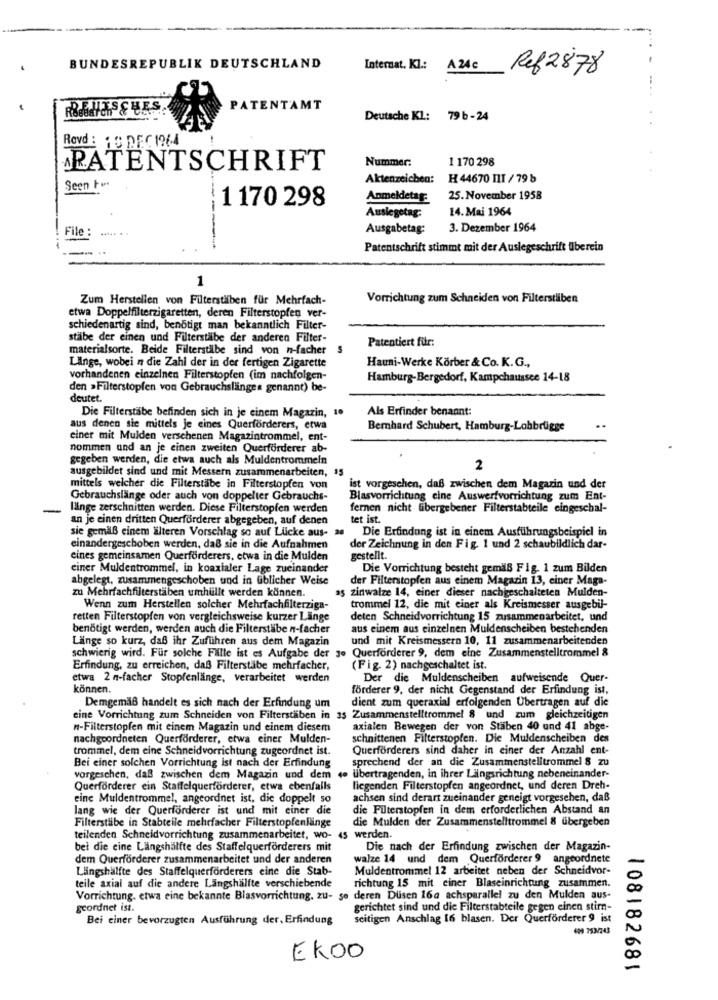
BUNDESREPUBLIK DEUTSCHLAND
Internat. Kl .: A 24c
Ref2878
PATENTAMT
Deutsche KL: 79 b - 24
Rovd : 15 DEC 1964
Nummer:
1 170 298
PATENTSCHRIFT
Aktenzeichen:
H 44670 IT / 79 b
Seen Fo.
1 170 298
Anmeldetag:
25. November 1958
14. Mai 1964
Auslegetag:
File :
Ausgabetag:
3. Dezember 1964
Patentschrift stimmt mit der Auslegeschrift überein
1
Zum Herstellen von Filterstäben für Mehrfach-
Vorrichtung zum Schneiden von Filterstäben
etwa Doppelfilterzigaretten, deren Filterstopfen ver-
schiedenartig sind, benötigt man bekanntlich Filter-
stäbe der einen und Filterstäbe der anderen Filter-
Patentiert für:
materialsorte. Beide Filterstilbe sind von n-facher
S
Hauni-Werke Körber & Co. K.G .,
Länge, wobei n die Zahl der in der fertigen Zigarette
vorhandenen einzelnen Filterstopfen (im nachfolgen-
Hamburg-Bergedorf, Kampchaussee 14-18
den >Filterstopfen von Gebrauchslänges genannt) be-
deutet.
Als Erfinder benannt:
Die Filterstäbe befinden sich in je einem Magazin, 10
aus denen sie mittels je eines Querforderers, etwa
Bernhard Schubert, Hamburg-Lohbrügge
einer mit Mulden verschenen Magazintrommel, ent-
nommen und an je einen zweiten Querförderer ab-
gegeben werden, die etwa auch als Muldentrommeln
ausgebildet sind und mit Messern zusammenarbeiten, 15
2
mittels welcher die Filterstabe in Filterstopfen von
ist vorgesehen, daß zwischen dem Magazin und der
Gebrauchslänge oder auch von doppelter Gebrauchs-
Blasvorrichtung eine Auswerfvorrichtung zum Ent-
-
länge zerschnitten werden. Diese Filterstopfen werden
fernen nicht fibergebener Filterstabteile eingeschal-
an je einen dritten Querfürderer abgegeben, auf denen
tet ist.
sie gemäß einem älteren Vorschlag so auf Llicke aus- 24
Die Erfindung ist in einem Ausführungsbeispiel in
einandergeschoben werden, daß sie in die Aufnahmen
der Zeichnung in den Fig. 1 und 2 schaubildlich dar-
eines gemeinsamen Querforderers, etwa in die Mulden
gestellt.
einer Muldentrommel, in koaxialer Lage zueinander
Die Vorrichtung besteht gemäß Fig. 1 zum Bilden
abgelegt, zusammengeschoben und in Giblicher Weise
der Filterstopfen aus einem Magazin 13, einer Maga-
zu Mehrfachfilterstäben umhüllt werden können.
zinwalze 14, einer dieser nachgeschalteten Mulden-
Wenn zum Herstellen solcher Mehrfachfilterziga-
trommel 12, die mit einer als Kreismesser ausgebil-
retten Filterstopfen von vergleichsweise kurzer Länge
deten Schneidvorrichtung 15 zusammenarbeitet, und
benötigt werden, werden auch die Filterstäbe n-facher
aus einem aus einzelnen Muldenscheiben bestehenden
Länge so kurz, daß ihr Zuführen aus dem Magazin
und mit Kreismessern 10, 11 zusammenarbeitenden
Querforderer 9, dem eine Zusammenstelltrommel &
schwierig wird. Für solche Fillle ist es Aufgabe der 3
Erfindung, zu erreichen, daß Filterstäbe mehrfacher,
(Fig. 2) nachgeschaltet ist.
etwa 2 n-facher Stopfenlänge, verarbeitet werden
Der die Muldenscheiben aufweisende Quer-
können.
förderer 9, der nicht Gegenstand der Erfindung ist,
dient zum queraxial erfolgenden Übertragen auf die
Demgemäß handelt es sich nach der Erfindung um
eine Vorrichtung zum Schneiden von Filterstäben in 35 Zusammenstelltrommel 8 und zum gleichzeitigen
m-Filterstopfen mit einem Magazin und einem diesem
axialen Bewegen der von Staben 40 und 41 abge-
nachgoordneten Querforderer, etwa einer Mulden-
schnittenen Filterstopfen. Die Muldenscheiben des
trommel, dem eine Schneidvorrichtung zugeordnet ist.
Querforderers sind daher in einer der Anzahl ent-
Bei einer solchen Vorrichtung ist nach der Erfindung
sprechend der an die Zusammenstelltrommel 8 zu
vorgesehen, daß zwischen dem Magazin und dem
do übertragenden, in ihrer Längsrichtung nebeneinander-
Querförderer ein Staffelquerförderer, etwa ebenfalls
liegenden Filterstopfen angeordnet, und deren Dreh-
eine Muldentrommel, angeordnet ist, die doppelt so
achsen sind derart zueinander geneigt vorgesehen, daß
lang wie der Querforderer ist und mit einer die
die Filterstopfen in dem erforderlichen Abstand an
Filterstäbe in Stabteile mehrfacher Filterstopfenlänge
die Mulden der Zusammenstelltrommel 8 übergeben
teilenden Schneidvorrichtung zusammenarbeitet, wo-
45 werden.
bel die cine Langshälfte des Staffelquerforderers mit
Die nach der Erfindung zwischen der Magazin-
dem Querförderer zusammenarbeitet und der anderen
walze 14 und dem Querforderer 9 angeordnete
Längshälfte des Staffelquerforderers eine die Stab-
Muldentrommel 12 arbeitet neben der Schneidvor-
richtung 15 mit einer Blaseinrichtung zusammen.
teile axial auf die andere Langshälfte verschiebende
Vorrichtung. etwa eine bekannte Blasvorrichtung. zu- se deren Dusen 16a achsparallel zu den Mulden aus-
geordnet ist.
gerichtet sind und die Filterstabteile gegen einen stirn-
Bei einer bevorzugten Ausführung der, Erfindung
seitigen Anschlag 16 blasen. Der Querförderer 9 ist
EK00
108182681